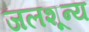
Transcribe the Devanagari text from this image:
जलशून्य